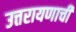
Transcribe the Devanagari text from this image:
उत्तरायणाची